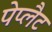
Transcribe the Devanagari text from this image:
पेप्लैट